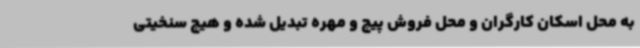
به محل اسکان کارگران و محل فروش پیچ و مهره تبدیل شده و هیچ سنخیتی